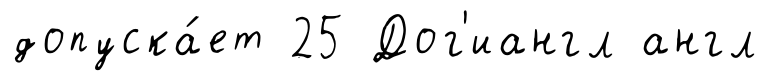
допуска́ет 25 Дог'иангл англ